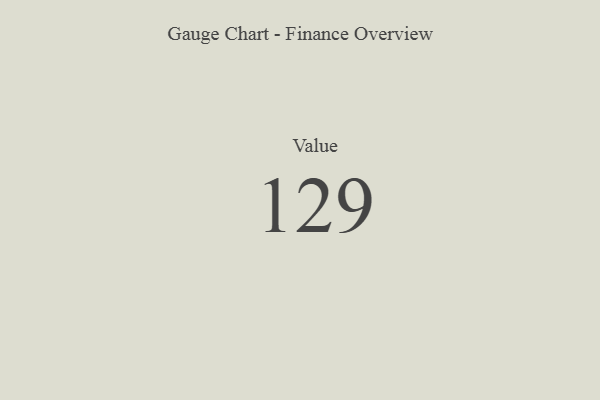
{"axis": {"x": "Metric", "y": "Value"}, "legend": [""], "data": [{"x": "Value", "y": 129, "type": ""}]}